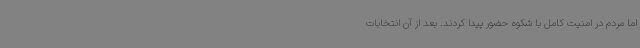
اما مردم در امنیت کامل با شکوه حضور پیدا کردند. بعد از آن انتخابات